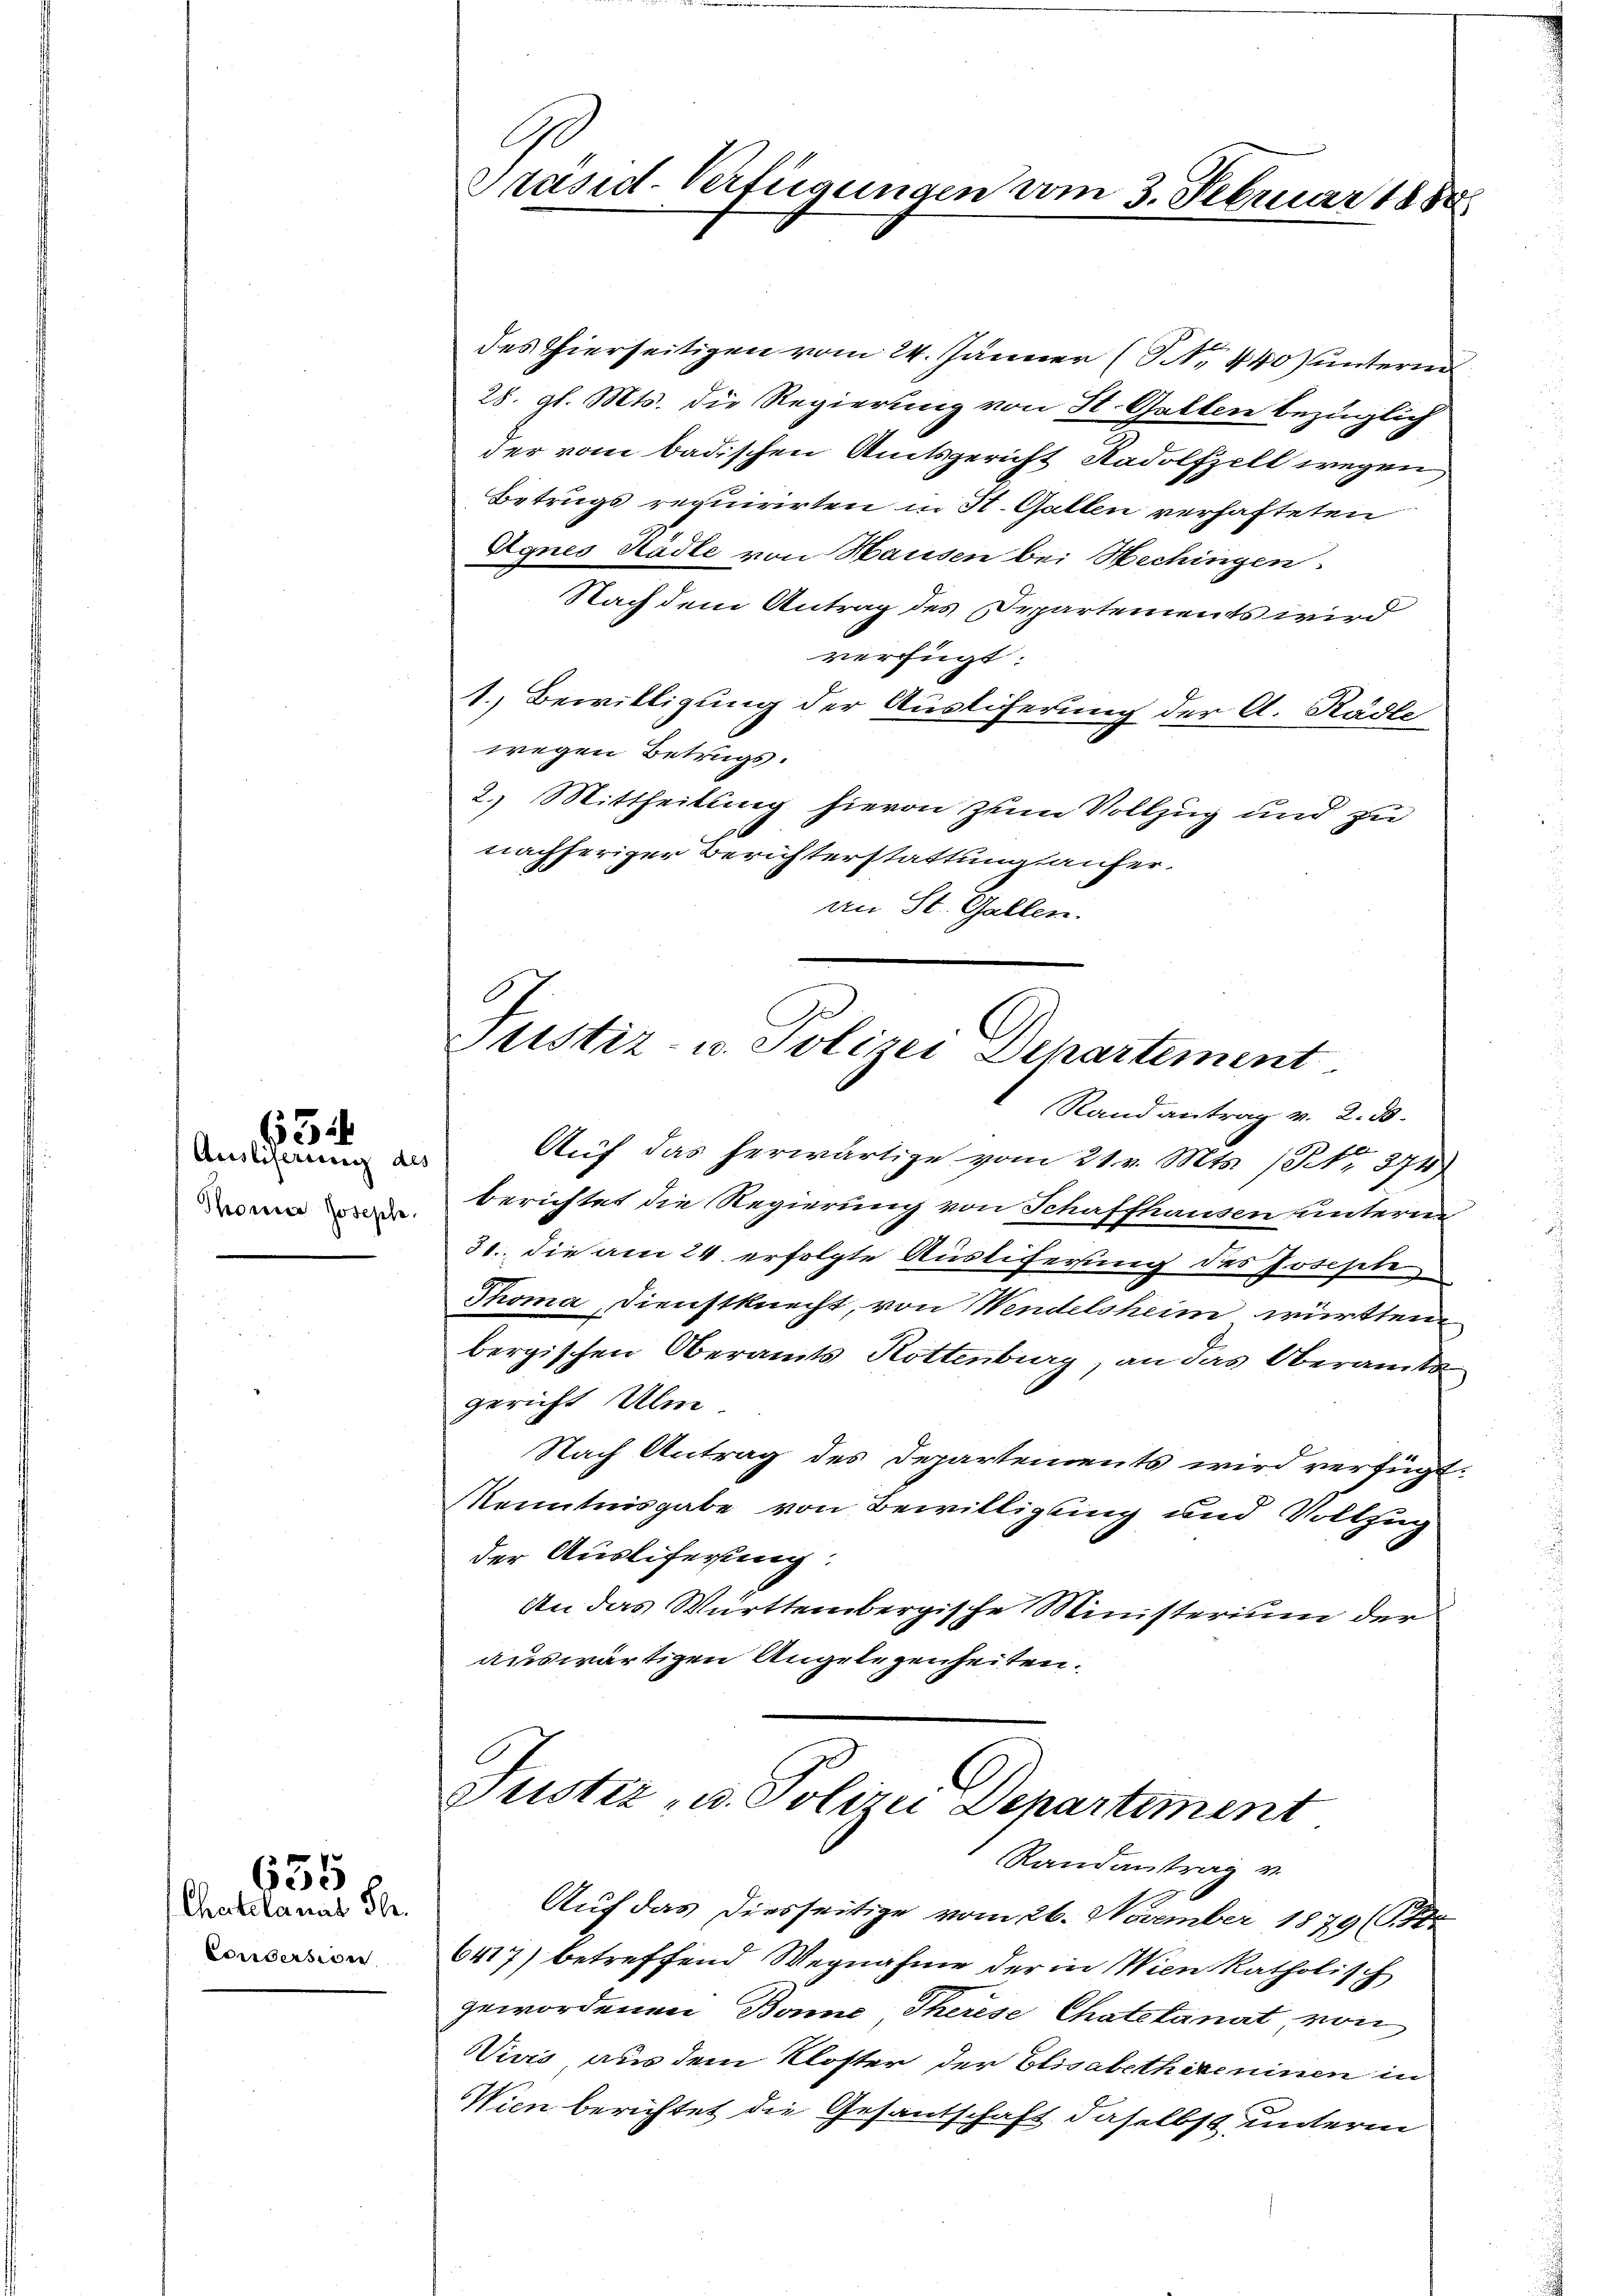
634

Ausliserung des
Thoma Josephe.

Chatelanat Sr.
Consersion

635

G
Präsid-Verfügungen vom 3. Februar 1888

des Thierseitigen vom 24. Jänner (NNo. 440) unterm
28. gl. Mts. die Regierung von St. Gallen bezüglich
der vom badischen Amtsgericht Radolfzell wegen
Betrugs requirirten in St. Gallen verhafteten
Agnes Radle von Hausen bei Hechingen
Nach dem Antrag des Departements wird
verfügt:
1. Bewilligung der Ausliferung der A. Städte
wegen Betrugs.
2.) Mittheilung hievon zum Vollzug und zu
nachheriger Berichterstattung häuferan St. Gallen.

Justiz- u. Polizei Departement

Randantrag v. 2. d.
Auf das herwärtige vom 21. v. Mts. No. 374
berichtet die Regierung von Schaffhausen unterm
31. die am 24. erfolgte Ausliferung des Josepte
Thoma Dienstknecht, von Wendelsheim württem
bergischen Oberamts Rottenburg, an das Oberamts
gericht Ulm
Nach Antrag des Departements wird verfügt:
Kenntnisgabe von Bewilligung und Vollzug
der Ausliferung
An das Württembergische Ministerium der
auswärtigen Angelegenheiten.

Justiz- u. Polizei Departement
Randantrag v.

Auf das diesseitige vom 26. November 1879 (S. 45
6417) betreffend Wegnahme der in Wien katholisch
gewordenen Bonne Therese Chatelanat, von
Virrs aus dem Kloster der Elisabethireninen in
Wien berichtet die Gesandschaft daselbst unterm